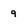
Character: 9